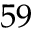
5 9